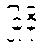
ခြုံခို